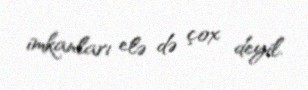
imkanları elə də çox deyil.